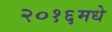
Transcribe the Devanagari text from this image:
२०१६मधे